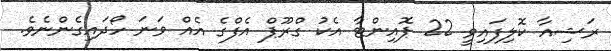
ރަޝިއާ ކޮލިފައިވީ 22 ޕޮއިންޓާ އެކު ގްރޫޕް އެފްގެ އެއް ވަނަ ހޯދައިގެންނެވެ.